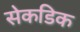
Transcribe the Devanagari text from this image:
सेकडिक